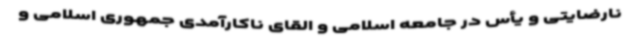
نارضایتی و یأس در جامعه اسلامی و القای ناکارآمدی جمهوری اسلامی و